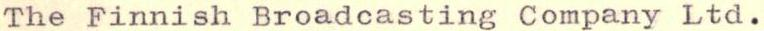
The Finnish Broadcasting Company Ltd.